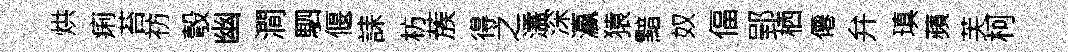
烘痢苔祊彀幽澗駟偃誄枋蔟得之濡深瀛猿黯奴偪郢栖僊弁瑱蘋芙柯